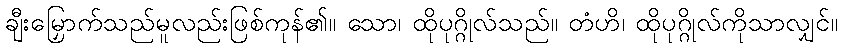
ချီးမြှောက်သည်မူလည်းဖြစ်ကုန်၏။ သော၊ ထိုပုဂ္ဂိုလ်သည်။ တံဟိ၊ ထိုပုဂ္ဂိုလ်ကိုသာလျှင်။